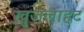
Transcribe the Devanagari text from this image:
ख़ुजलाहट